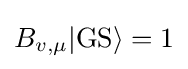
B_{v,\mu }|\mathrm {GS} \rangle =1